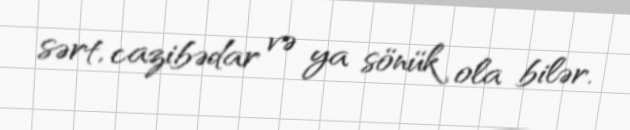
sərt, cazibədar və ya sönük ola bilər.